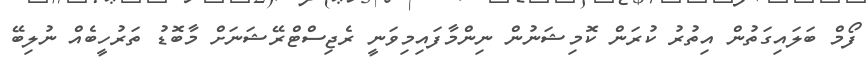
ފޯމް ބަލައިގަތުން އިތުރު ކުރަން ކޮމިޝަނުން ނިންމާފައިމިވަނީ ރެޖިސްޓްރޭޝަނަށް މާބޮޑު ތަރުހީބެއް ނުލިބޭ